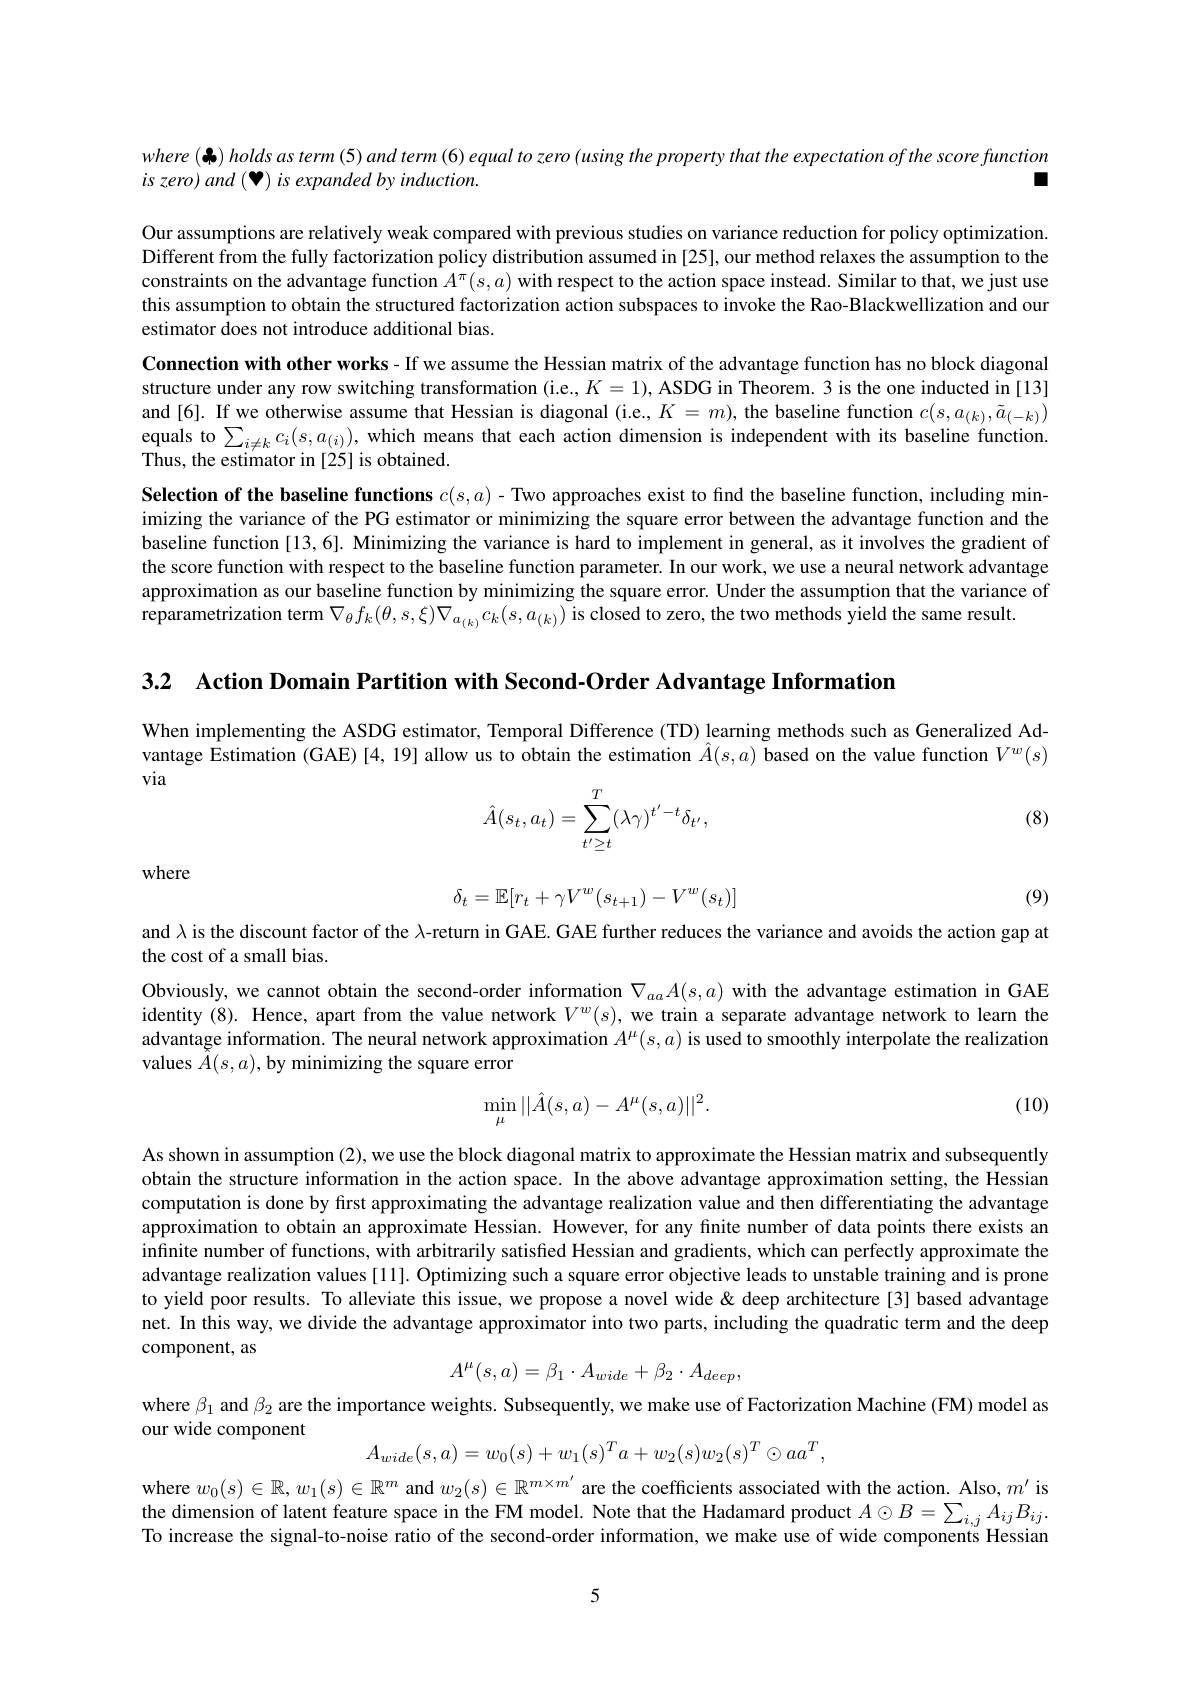
where (-,) holds as term (5) and term (6) equal to zero (using the property that the expectation of the score function
is zero) and (··) is expanded by induction.
L

Our assumptions are relatively weak compared with previous studies on variance reduction for policy optimization. Different from the fully factorization policy distribution assumed in [25], our method relaxes the assumption to the constraints on the advantage function $A^\pi(s,a)$ with respect to the action space instead. Similar to that, we just use this assumption to obtain the structured factorization action subspaces to invoke the Rao-Blackwellization and our estimator does not introduce additional bias.
Connection with other works- If we assume the Hessian matrix of the advantage function has no block diagonal structure under any row switching transformation (i.e., $K=1)$, ASDG in Theorem. 3 is the one inducted in[13] and[6]. If we otherwise assume that Hessian is diagonal (i.e., $K=m)$, the baseline function $c(s,a_{(k)},\tilde{a}_{(-k)})$ equals to $\sum_{i\neq k}c_{i}(s,a_{(i)})$, which means that each action dimension is independent with its baseline function. Thus, the estimator in [25] is obtained.
Selection of the baseline functions $c(s,a)$ - Two approaches exist to find the baseline function, including minimizing the variance of the PG estimator or minimizing the square error between the advantage function and the baseline function [13,6]. Minimizing the variance is hard to implement in general, as it involves the gradient of the score function with respect to the baseline function parameter. In our work, we use a neural network advantage approximation as our baseline function by minimizing the square error. Under the assumption that the variance of reparametrization term $\nabla_\theta f_k(\theta,s,\xi)\nabla_{a_{(k)}}c_k(s,a_{(k)})$ is closed to zero, the two methods jield the same result.

3.2 Action Domain Partition with Second-Order Advantage Information

When implementing the ASDG estimator, Temporal Difference (TD) learning methods such as Generalized Advantage $\hat{\text{Estimation }} ($GAE)[4,19] allow us to obtain the estimation $\hat{A}(s,a)$ based on the value function $V^w(s)$

via

(8)
$$\hat A(s_t,a_t)=\sum_{t'\ge t}^T(\lambda\gamma)^{t'-t}\delta_{t'},$$
where
$$\delta_t=\mathbb{E}[r_t+\gamma V^w(s_{t+1})-V^w(s_t)]$$
(9)

and $\lambda$ is the discount factor of the $\lambda$-return in GAE. GAE further reduces the variance and avoids the action gap at
the cost of a small bias.
Obviously, we cannot obtain the second-order information $\nabla_{aa}A(s,a)$ with the advantage estimation in GAE identity (8). Hence, apart from the value network $V^w(s)$, we train a separate advantage network to learn the advantage information. The neural network approximation $A^\mu(s,a)$ is used to smoothly interpolate the realization values $\hat{A}(s,a)$,by minimizing the square error
$$\min\limits_{\mu}||\hat{A}(s,a)-A^{\mu}(s,a)||^2.$$
(10)

As shown in assumption (2), we use the block diagonal matrix to approximate the Hessian matrix and subsequently obtain the structure information in the action space. In the above advantage approximation setting, the Hessian computation is done by first approximating the advantage realization value and then differentiating the advantage approximation to obtain an approximate Hessian. However, for any finite number of data points there exists an infinite number of functions, with arbitrarily satisfied Hessian and gradients, which can perfectly approximate the advantage realization values[11]. Optimizing such a square error objective leads to unstable training and is prone to yield poor results. To alleviate this issue, we propose a novel wide& deep architecture[3] based advantage net. In this way, we divide the advantage approximator into two parts, including the quadratic term and the deep component, as
$$A^\mu(s,a)=\beta_1\cdot A_{wide}+\beta_2\cdot A_{deep},$$
where $\beta_1$ and $\beta_2$ are the importance weights. Subsequently, we make use of Factorization Machine (FM) model as

our wide component
$$A_{wide}(s,a)=w_{0}(s)+w_{1}(s)^{T}a+w_{2}(s)w_{2}(s)^{T}\odot aa^{T},$$
where $w_0(s)\in\mathbb{R},w_1(s)\in\mathbb{R}^m$ and $w_2(s)\in\mathbb{R}^{m\times m^{\prime}}$ are the coefficients associated with the action. Also, $m^{\prime}$ is the dimension of latent feature space in the FM model. Note that the Hadamard product $A\odot B=\sum_{i,j}A_{ij}B_{ij}.$ To increase the signal-to-noise ratio of the second-order information, we make use of wide components Hessian

5